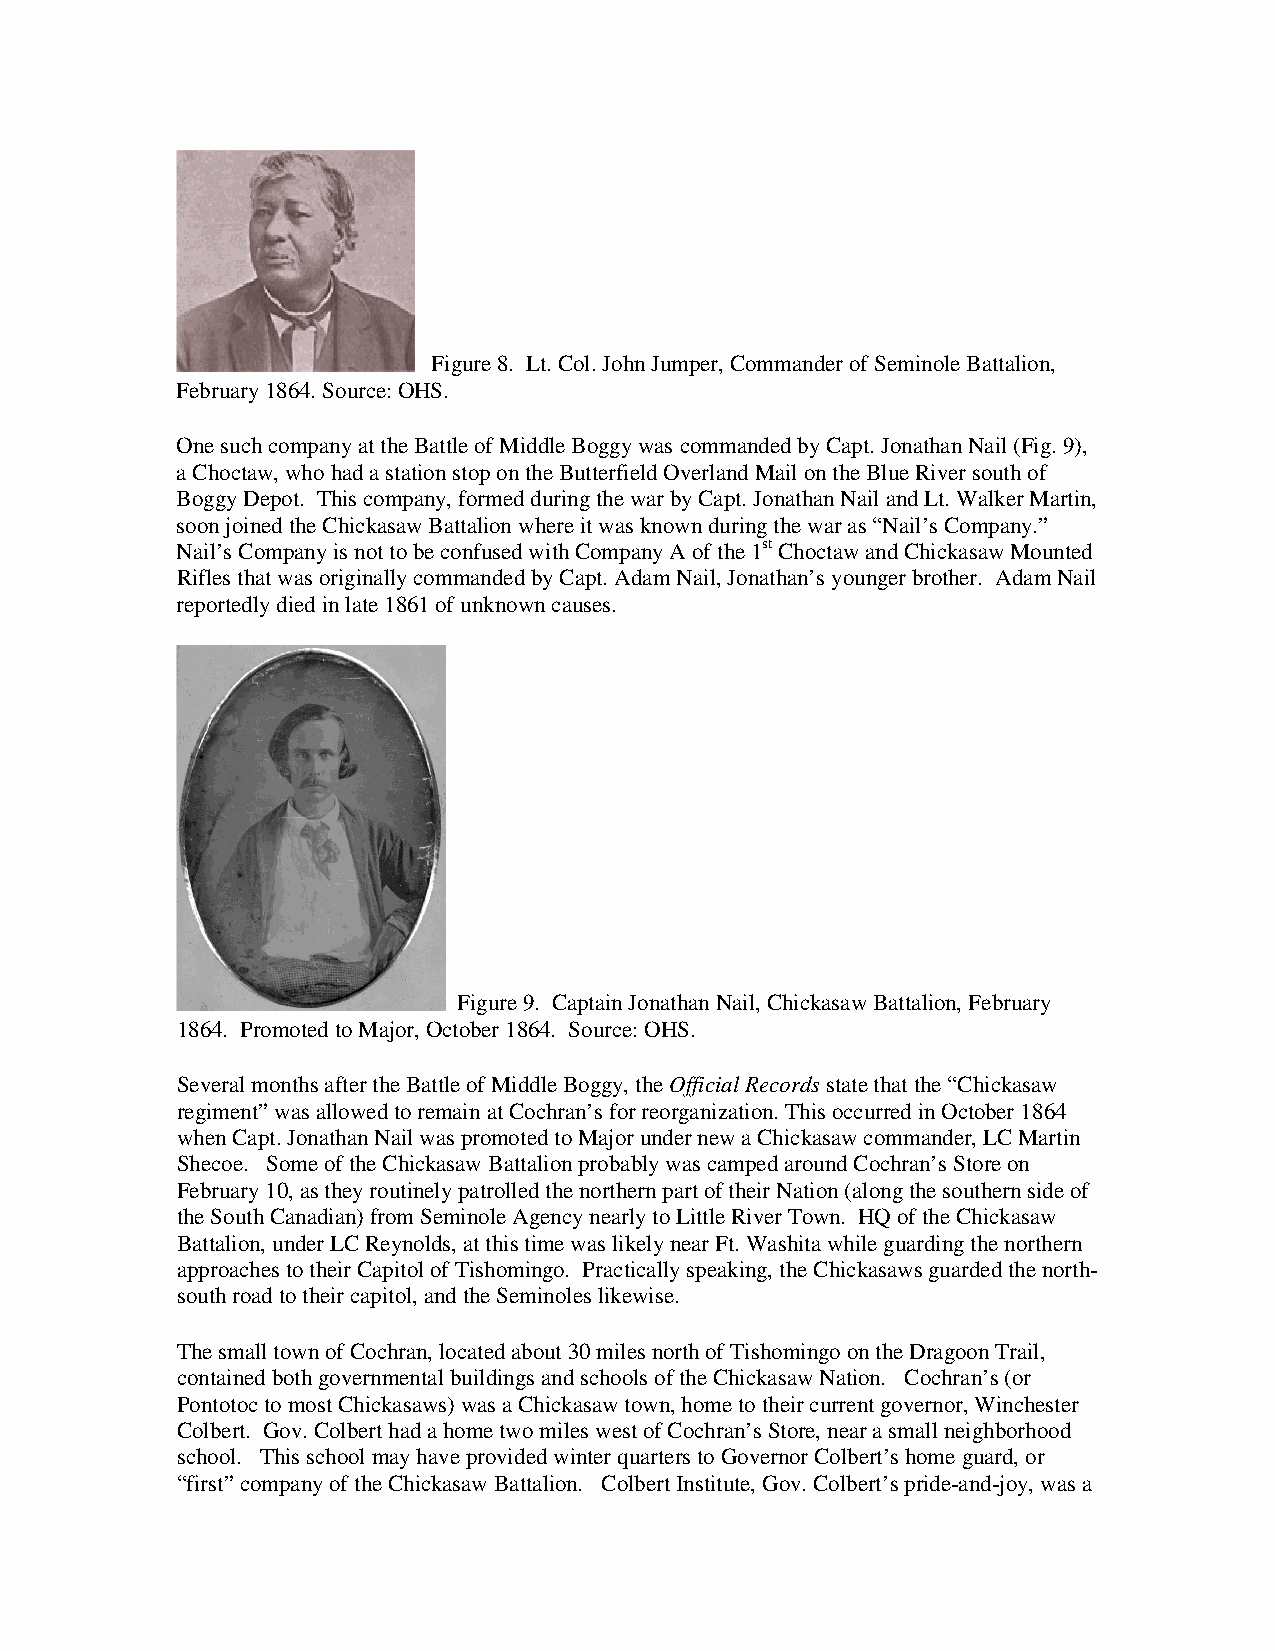
Figure 8. Lt. Col. John Jumper, Commander of Seminole Battalion,
 February 1864. Source: OHS.
 One such company at the Battle of Middle Boggy was commanded by Capt. Jonathan Nail (Fig. 9),
 a Choctaw, who had a station stop on the Butterfield Overland Mail on the Blue River south of
 Boggy Depot. This company, formed during the war by Capt. Jonathan Nail and Lt. Walker Martin,
 soon joined the Chickasaw Battalion where it was known during the war as “Nail’s Company.”
 Nail’s Company is not to be confused with Company A of the 1st Choctaw and Chickasaw Mounted
 Rifles that was originally commanded by Capt. Adam Nail, Jonathan’s younger brother. Adam Nail
 reportedly died in late 1861 of unknown causes.
 Figure 9. Captain Jonathan Nail, Chickasaw Battalion, February
 1864. Promoted to Major, October 1864. Source: OHS.
 Several months after the Battle of Middle Boggy, the Official Records state that the “Chickasaw
 regiment” was allowed to remain at Cochran’s for reorganization. This occurred in October 1864
 when Capt. Jonathan Nail was promoted to Major under new a Chickasaw commander, LC Martin
 Shecoe. Some of the Chickasaw Battalion probably was camped around Cochran’s Store on
 February 10, as they routinely patrolled the northern part of their Nation (along the southern side of
 the South Canadian) from Seminole Agency nearly to Little River Town. HQ of the Chickasaw
 Battalion, under LC Reynolds, at this time was likely near Ft. Washita while guarding the northern
 approaches to their Capitol of Tishomingo. Practically speaking, the Chickasaws guarded the north-
 south road to their capitol, and the Seminoles likewise.
 The small town of Cochran, located about 30 miles north of Tishomingo on the Dragoon Trail,
 contained both governmental buildings and schools of the Chickasaw Nation. Cochran’s (or
 Pontotoc to most Chickasaws) was a Chickasaw town, home to their current governor, Winchester
 Colbert. Gov. Colbert had a home two miles west of Cochran’s Store, near a small neighborhood
 school. This school may have provided winter quarters to Governor Colbert’s home guard, or
 “first” company of the Chickasaw Battalion. Colbert Institute, Gov. Colbert’s pride-and-joy, was a